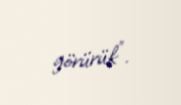
görürük”.